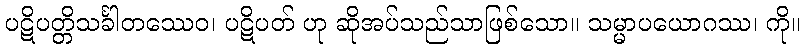
ပဋိပတ္တိသင်္ခါတဿေဝ၊ ပဋိပတ် ဟု ဆိုအပ်သည်သာဖြစ်သော။ သမ္မာပယောဂဿ၊ ကို။